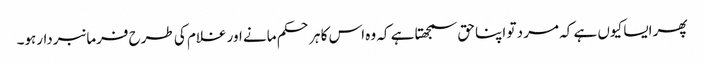
پھر ایسا کیوں ہے کہ مر د تو اپنا حق سمجھتا ہے کہ وہ اس کا ہر حکم مانے اور غلام کی طرح فرمانبردارہو۔